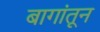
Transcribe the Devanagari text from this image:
बागांतून